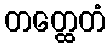
တတ္ထေတံ